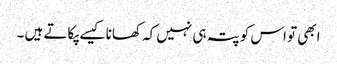
ابھی تو اس کو پتہ ہی نہیں کہ کھانا کیسے پکاتے ہیں ۔